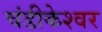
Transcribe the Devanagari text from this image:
चंडीकेश्‍वर